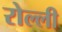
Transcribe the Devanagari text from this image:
रोल्ली